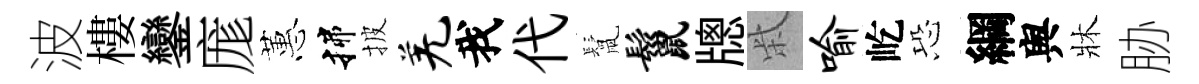
波樓鑾庬蕙揲披羌我代鬛鬣牕柴喻屹恐綱舆牀胁